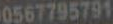
0567795791